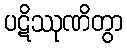
ပဋိဿုဏိတွာ